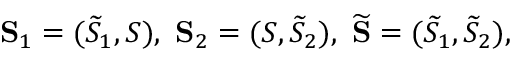
\mathbf { S } _ { 1 } = ( \widetilde { S } _ { 1 } , S ) , ~ \mathbf { S } _ { 2 } = ( S , \widetilde { S } _ { 2 } ) , ~ \widetilde { \mathbf { S } } = ( \widetilde { S } _ { 1 } , \widetilde { S } _ { 2 } ) ,